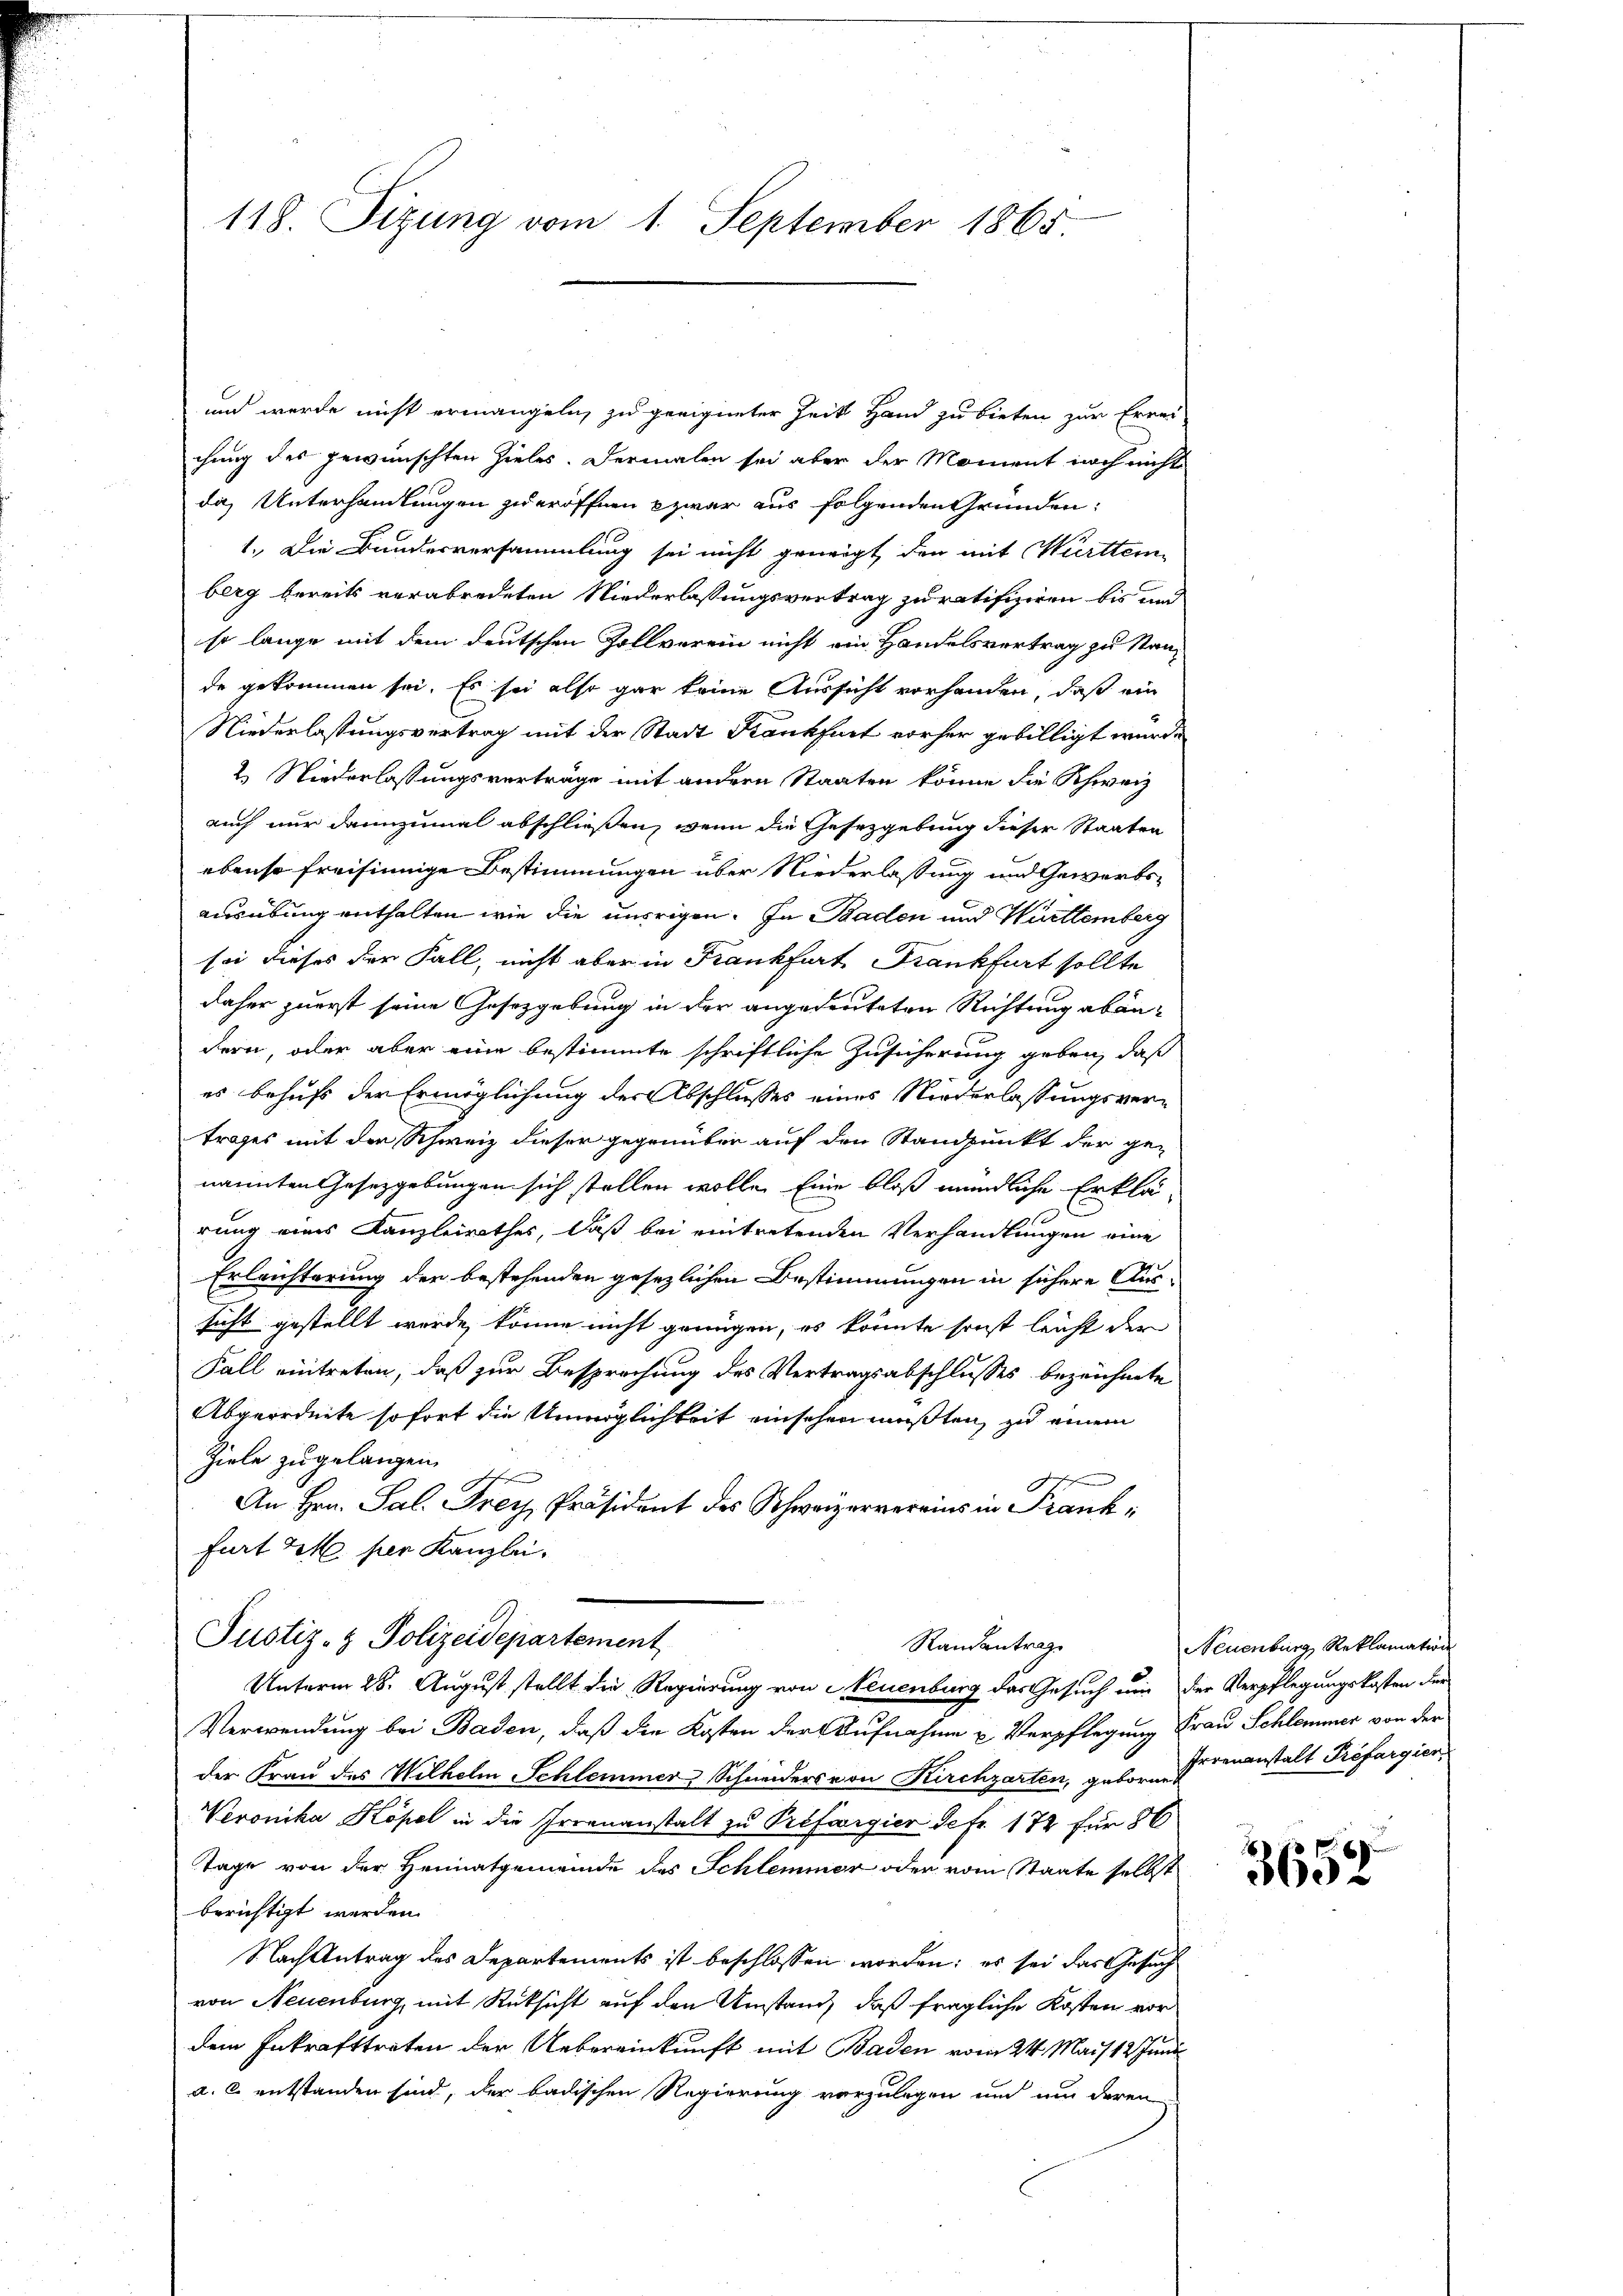
118. Sizung vom 1. September 1865

und wurde nicht ermangeln, zu geeigneter Zeit Hand zu bieten zur Errei-
chung des gewünschten Zieles. Dermalen sei aber der Moment noch nicht
da, Unterhandlungen zu eröffnen zwar aus folgenden Gründen:
1. Die Bundesversammlung sei nicht geneigt, den mit Württem
berg bereits verabredeten Niederlassungsvertrag zu ratifiziren bis und
so lange mit dem deutschen Zollverein nicht ein Handelsvertrag zu stande gekommen sei. Es sei also gar keine Aussicht vorhanden, daß ein
Niederlassungsvertrag mit der Stadt Krankfurt vorher gebilligt wurde
2. Niederlassungsverträge mit andern Staaten könne die Schweiz
auch nur dannzumal abschließen, wenn die Gesetzgebung dieser Staaten
ebenso freisinnige Bestimmungen über Niederlassung und Gewerbsausübung enthalten wie die unsrigen. In Baden und Württemberg
sei dieses der Fall, nicht aber in Frankfurt Frankfurt sollte
daher zuerst seine Gesetzgebung in der angedeuteten Richtung abändern, oder aber eine bestimmte schriftliche Zusicherung geben, daß
es behufs der Ermöglichung der Abschlusses eines Niederlassungsvertrages mit der Schweiz dieser gegenüber auf den Standpunkt der ge-
nannten Gesetzgebungen sich stellen wolle. Eine bloß mündliche Erklärrung eines Kanzleirathes, daß bei eintretenden Verhandlungen eine
Erleichterung der bestehenden gesezlichen Bestimmungen in sichere Aussicht gestellt werde, könne nicht genügen, es könnte sonst leicht der
Fall eintreten, daß zur Besprechung des Vertragsabschlusses bezeichnete
Abgeordnete sofort die Unmöglichkeit einsehen mußten, zu einem
Ziele zugelangen.
ehe
f f
An Hrn. Sal. Frey, Präsident des Schweizervereins in Frankfurt et per Kanzlei.
Justiz- & Polizeidepartement
Randantrage
Unterm 28. August stellt die Regierung von Neuenburg das Gesuch um der Verpflegungskosten der
Verwendung bei Baden, daß die Kosten der Aufnahme u. Verpflegung Frau Schlammer von der
der Frau des Wilhelm Schlemmer Schneiders von Kirchgarten, geborentenanstalt Préfargien
Veronika Kopel in die Irrenanstalt zu Préfoergier defr. 172 für 86
Tage von der Heimatgemeinde des Schlemmer oder vom Staate selbst
berichtigt werden.
Nach Antrag des Departements ist beschlossen worden; es sei das Gesuch
von Neuenburg, mit Rüksicht auf den Umstand, daß fragliche Kosten vor
dem Inkrafttreten der Uebereinkunft mit Baden vom 24. Mai 12 und
a. c. entstanden sind, der badischen Regierung vorzulegen und um deren

Neuenburg, Reklamation

3652